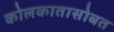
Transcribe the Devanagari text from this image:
कोलकातासोबत